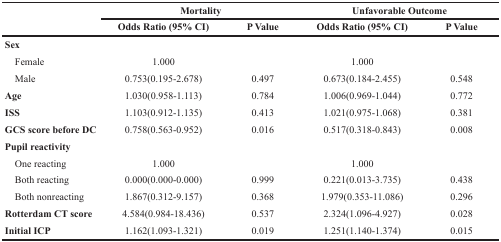
<table><thead><tr><td rowspan="2"></td><td colspan="2"><b>Mortality</b></td><td colspan="2"><b>Unfavorable Outcome</b></td></tr><tr><td><b>Odds Ratio (95% CI)</b></td><td><b>P Value</b></td><td><b>Odds Ratio (95% CI)</b></td><td><b>P Value</b></td></tr></thead><tbody><tr><td><b>Sex</b></td><td></td><td></td><td></td><td></td></tr><tr><td> Female</td><td>1.000</td><td></td><td>1.000</td><td></td></tr><tr><td> Male</td><td>0.753(0.195-2.678)</td><td>0.497</td><td>0.673(0.184-2.455)</td><td>0.548</td></tr><tr><td><b>Age</b></td><td>1.030(0.958-1.113)</td><td>0.784</td><td>1.006(0.969-1.044)</td><td>0.772</td></tr><tr><td><b>ISS</b></td><td>1.103(0.912-1.135)</td><td>0.413</td><td>1.021(0.975-1.068)</td><td>0.381</td></tr><tr><td><b>GCS score before DC</b></td><td>0.758(0.563-0.952)</td><td>0.016</td><td>0.517(0.318-0.843)</td><td>0.008</td></tr><tr><td><b>Pupil reactivity</b></td><td></td><td></td><td></td><td></td></tr><tr><td> One reacting</td><td>1.000</td><td></td><td>1.000</td><td></td></tr><tr><td> Both reacting</td><td>0.000(0.000-0.000)</td><td>0.999</td><td>0.221(0.013-3.735)</td><td>0.438</td></tr><tr><td> Both nonreacting</td><td>1.867(0.312-9.157)</td><td>0.368</td><td>1.979(0.353-11.086)</td><td>0.296</td></tr><tr><td><b>Rotterdam CT score</b></td><td>4.584(0.984-18.436)</td><td>0.537</td><td>2.324(1.096-4.927)</td><td>0.028</td></tr><tr><td><b>Initial ICP</b></td><td>1.162(1.093-1.321)</td><td>0.019</td><td>1.251(1.140-1.374)</td><td>0.015</td></tr></tbody></table>